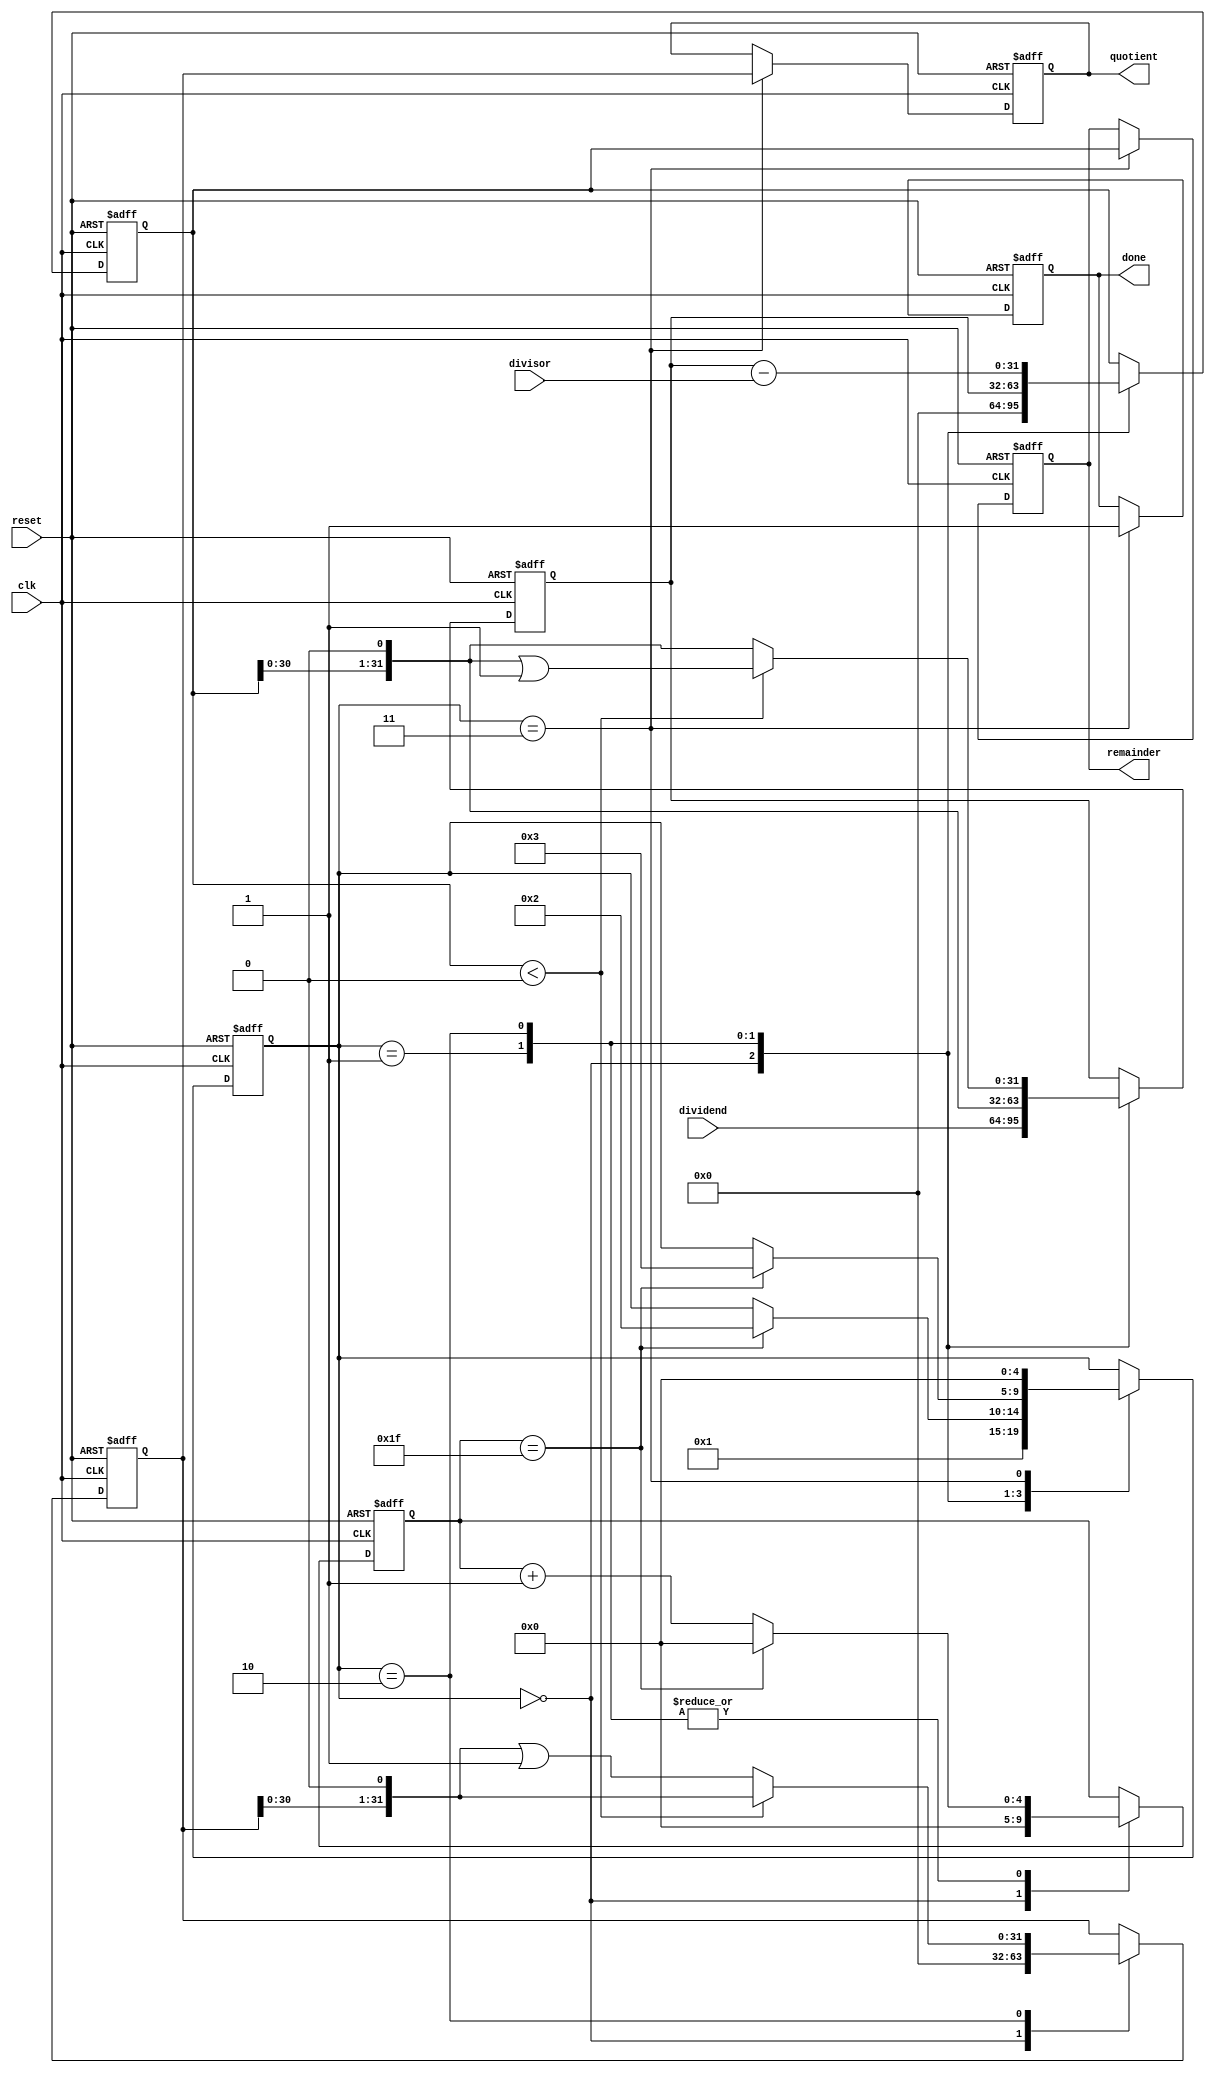
module pipelined_divider(
    input wire clk,
    input wire reset,
    input wire [31:0] dividend,
    input wire [31:0] divisor,
    output reg [31:0] quotient,
    output reg [31:0] remainder,
    output reg done
);

reg [4:0] state;
reg [31:0] partial_dividend;
reg [4:0] shift_cnt;
reg [31:0] partial_quotient;
reg [31:0] partial_remainder;

always @(posedge clk or posedge reset) begin
    if (reset) begin
        quotient <= 0;
        remainder <= 0;
        done <= 0;
        state <= 0;
        partial_dividend <= 0;
        shift_cnt <= 0;
        partial_quotient <= 0;
        partial_remainder <= 0;
    end else begin
        case(state)
            0: begin
                partial_dividend <= dividend;
                partial_quotient <= 0;
                partial_remainder <= 0;
                shift_cnt <= 0;
                state <= 1;
            end
            1: begin
                partial_remainder <= partial_dividend;
                partial_dividend <= partial_remainder << 1;
                if(shift_cnt == 31) begin
                    shift_cnt <= 0;
                    state <= 2;
                end else begin
                    shift_cnt <= shift_cnt + 1;
                end
            end
            2: begin
                partial_remainder <= partial_dividend - divisor;
                if(partial_remainder < 0) begin
                    partial_quotient <= partial_quotient << 1;
                    partial_dividend <= partial_remainder << 1 | 1'b1;
                end else begin
                    partial_quotient <= partial_quotient << 1 | 1'b1;
                    partial_dividend <= partial_remainder << 1;
                end
                if(shift_cnt == 31) begin
                    shift_cnt <= 0;
                    state <= 3;
                end else begin
                    shift_cnt <= shift_cnt + 1;
                end
            end
            3: begin
                quotient <= partial_quotient;
                remainder <= partial_remainder;
                done <= 1;
                state <= 0;
            end
        endcase
    end
end

endmodule